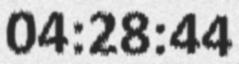
04:28:44